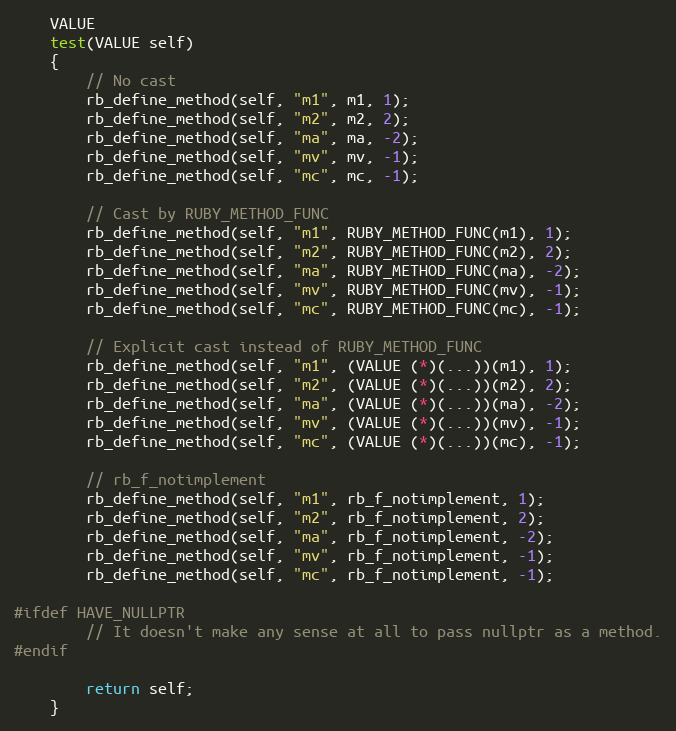
Language: C++
    VALUE
    test(VALUE self)
    {
        // No cast
        rb_define_method(self, "m1", m1, 1);
        rb_define_method(self, "m2", m2, 2);
        rb_define_method(self, "ma", ma, -2);
        rb_define_method(self, "mv", mv, -1);
        rb_define_method(self, "mc", mc, -1);

        // Cast by RUBY_METHOD_FUNC
        rb_define_method(self, "m1", RUBY_METHOD_FUNC(m1), 1);
        rb_define_method(self, "m2", RUBY_METHOD_FUNC(m2), 2);
        rb_define_method(self, "ma", RUBY_METHOD_FUNC(ma), -2);
        rb_define_method(self, "mv", RUBY_METHOD_FUNC(mv), -1);
        rb_define_method(self, "mc", RUBY_METHOD_FUNC(mc), -1);

        // Explicit cast instead of RUBY_METHOD_FUNC
        rb_define_method(self, "m1", (VALUE (*)(...))(m1), 1);
        rb_define_method(self, "m2", (VALUE (*)(...))(m2), 2);
        rb_define_method(self, "ma", (VALUE (*)(...))(ma), -2);
        rb_define_method(self, "mv", (VALUE (*)(...))(mv), -1);
        rb_define_method(self, "mc", (VALUE (*)(...))(mc), -1);

        // rb_f_notimplement
        rb_define_method(self, "m1", rb_f_notimplement, 1);
        rb_define_method(self, "m2", rb_f_notimplement, 2);
        rb_define_method(self, "ma", rb_f_notimplement, -2);
        rb_define_method(self, "mv", rb_f_notimplement, -1);
        rb_define_method(self, "mc", rb_f_notimplement, -1);

#ifdef HAVE_NULLPTR
        // It doesn't make any sense at all to pass nullptr as a method.
#endif

        return self;
    }